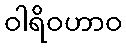
ဝါရိဝဟာဝ